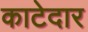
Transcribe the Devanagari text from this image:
काटेदार